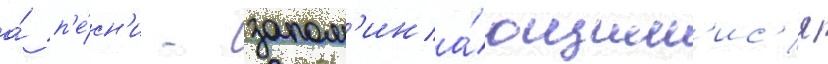
а́ п'е́сн'и - запом'ина́ющим'ис'я